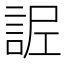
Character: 𧧫